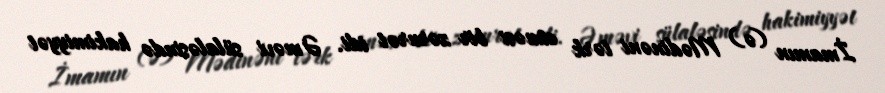
İmamın (ə) Mədinəni tərk etməsi bir zərurət idi. Əməvi sülaləsində hakimiyyət